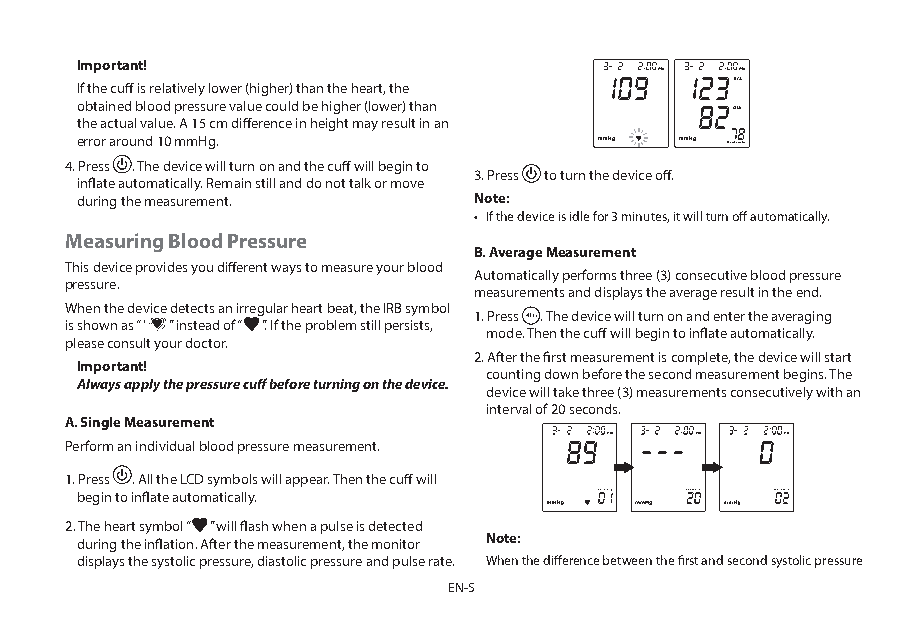
Important!
 If the cuff is relatively lower (higher) than the heart, the
 obtained blood pressure value could be higher (lower) than
 the actual value. A 15 cm difference in height may result in an
 error around 10 mmHg.
 4. Press . The device will turn on and the cuff will begin to
 3. Press to turn the device off.
 inflate automatically. Remain still and do not talk or move
 during the measurement.   Note:
 • If the device is idle for 3 minutes, it will turn off automatically.
 Measuring Blood Pressure
 B. Average Measurement
 This device provides you different ways to measure your blood
 Automatically performs three (3) consecutive blood pressure
 pressure.
 measurements and displays the average result in the end.
 When the device detects an irregular heart beat, the IRB symbol
 1. Press . The device will turn on and enter the averaging
 is shown as “ ” instead of “ ”. If the problem still persists,
 mode. Then the cuff will begin to inflate automatically.
 please consult your doctor.
 2. After the first measurement is complete, the device will start
 Important!
 counting down before the second measurement begins. The
 Always apply the pressure cuff before turning on the device.
 device will take three (3) measurements consecutively with an
 interval of 20 seconds.
 A. Single Measurement
 Perform an individual blood pressure measurement.
 1. Press . All the LCD symbols will appear. Then the cuff will
 begin to inflate automatically.
 2. The heart symbol “ ” will flash when a pulse is detected
 during the inflation. After the measurement, the monitor Note:
 displays the systolic pressure, diastolic pressure and pulse rate. When the difference between the first and second systolic pressure
 EN-5